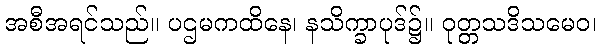
အစီအရင်သည်။ ပဌမကထိနေ၊ နသိက္ခာပုဒ်၌။ ဝုတ္တသဒိသမေဝ၊